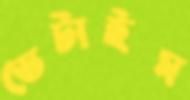
ডেটাইম